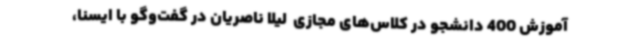
آموزش 400 دانشجو در کلاس‌های مجازی ‌ لیلا ناصریان در گفت‌وگو با ایسنا،